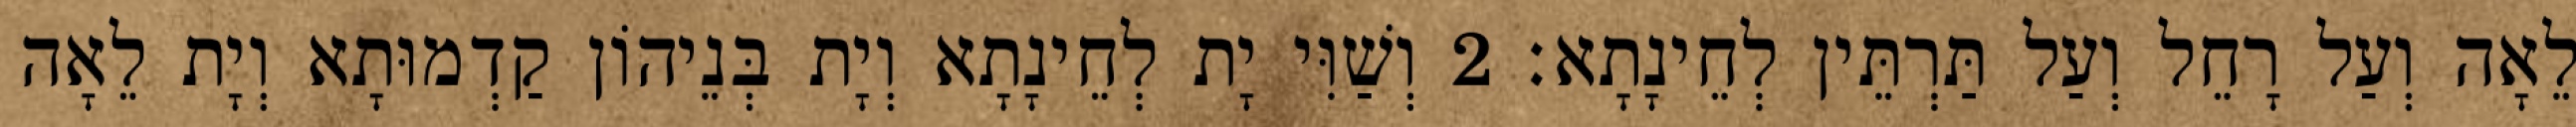
לֵאָה וְעַל רָחֵל וְעַל תַּרְתֵּין לְחֵינָתָא׃ 2 וְשַׁוִּי יָת לְחֵינָתָא וְיָת בְּנֵיהוֹן קַדְמוּתָא וְיָת לֵאָה